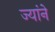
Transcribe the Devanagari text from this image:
ज्यांने